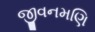
જીવનમણિ